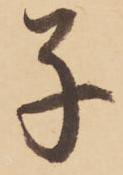
子